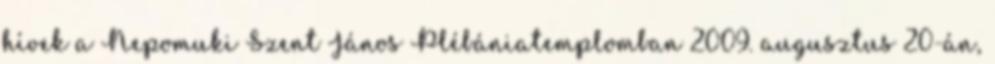
hívek a Nepomuki Szent János Plébániatemplomban 2009. augusztus 20-án,